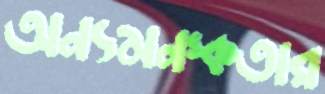
অন্যমনস্কতার